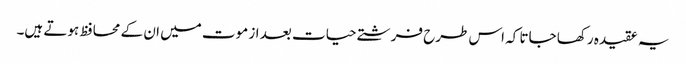
یہ عقیدہ رکھا جاتا کہ اس طرح فرشتے حیات بعد از موت میں ان کے محافظ ہوتے ہیں۔